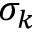
\sigma _ { k }